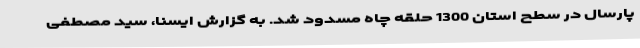
پارسال در سطح استان 1300 حلقه چاه مسدود شد. به گزارش ایسنا، سید مصطفی